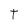
Character: T